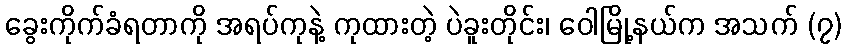
ခွေးကိုက်ခံရတာကို အရပ်ကုနဲ့ ကုထားတဲ့ ပဲခူးတိုင်း၊ ဝေါမြို့နယ်က အသက် (၇)